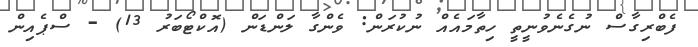
ފެބްރިގާސް ނުގެނެވުނީތީ ހިތާމައެއް ނުކުރަން: ވެންގާ ލަންޑަން (އޮކްޓޯބަރު 13) - ސްޕެއިން